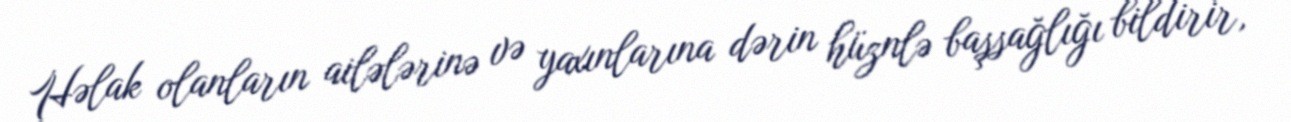
Həlak olanların ailələrinə və yaxınlarına dərin hüznlə başsağlığı bildirir,